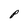
Character: p